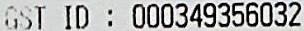
GST ID : 000349356032